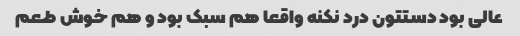
عالی بود دستتون درد نکنه واقعا هم سبک بود و هم خوش طعم